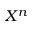
X ^ { n }